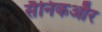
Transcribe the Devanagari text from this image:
सैनिकऔर